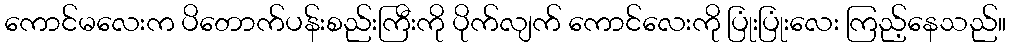
ကောင်မလေးက ပိတောက်ပန်းစည်းကြီးကို ပိုက်လျက် ကောင်လေးကို ပြုံးပြုံးလေး ကြည့်နေသည်။